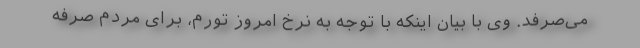
می‌صرفد. وی با بیان اینکه با توجه به نرخ امروز تورم، برای مردم صرفه